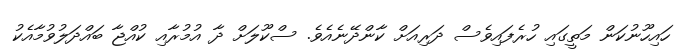
ހައިހޫނުކަން މަތީގައި ހުރެފައިވެސް ދަރިއަށް ކާންދޭނެއެވެ. ސްކޫލަށް ދާ އުމުރާއި ކުއްޖާ ބައްދަލުވުމާއެކު